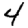
Digit: 4